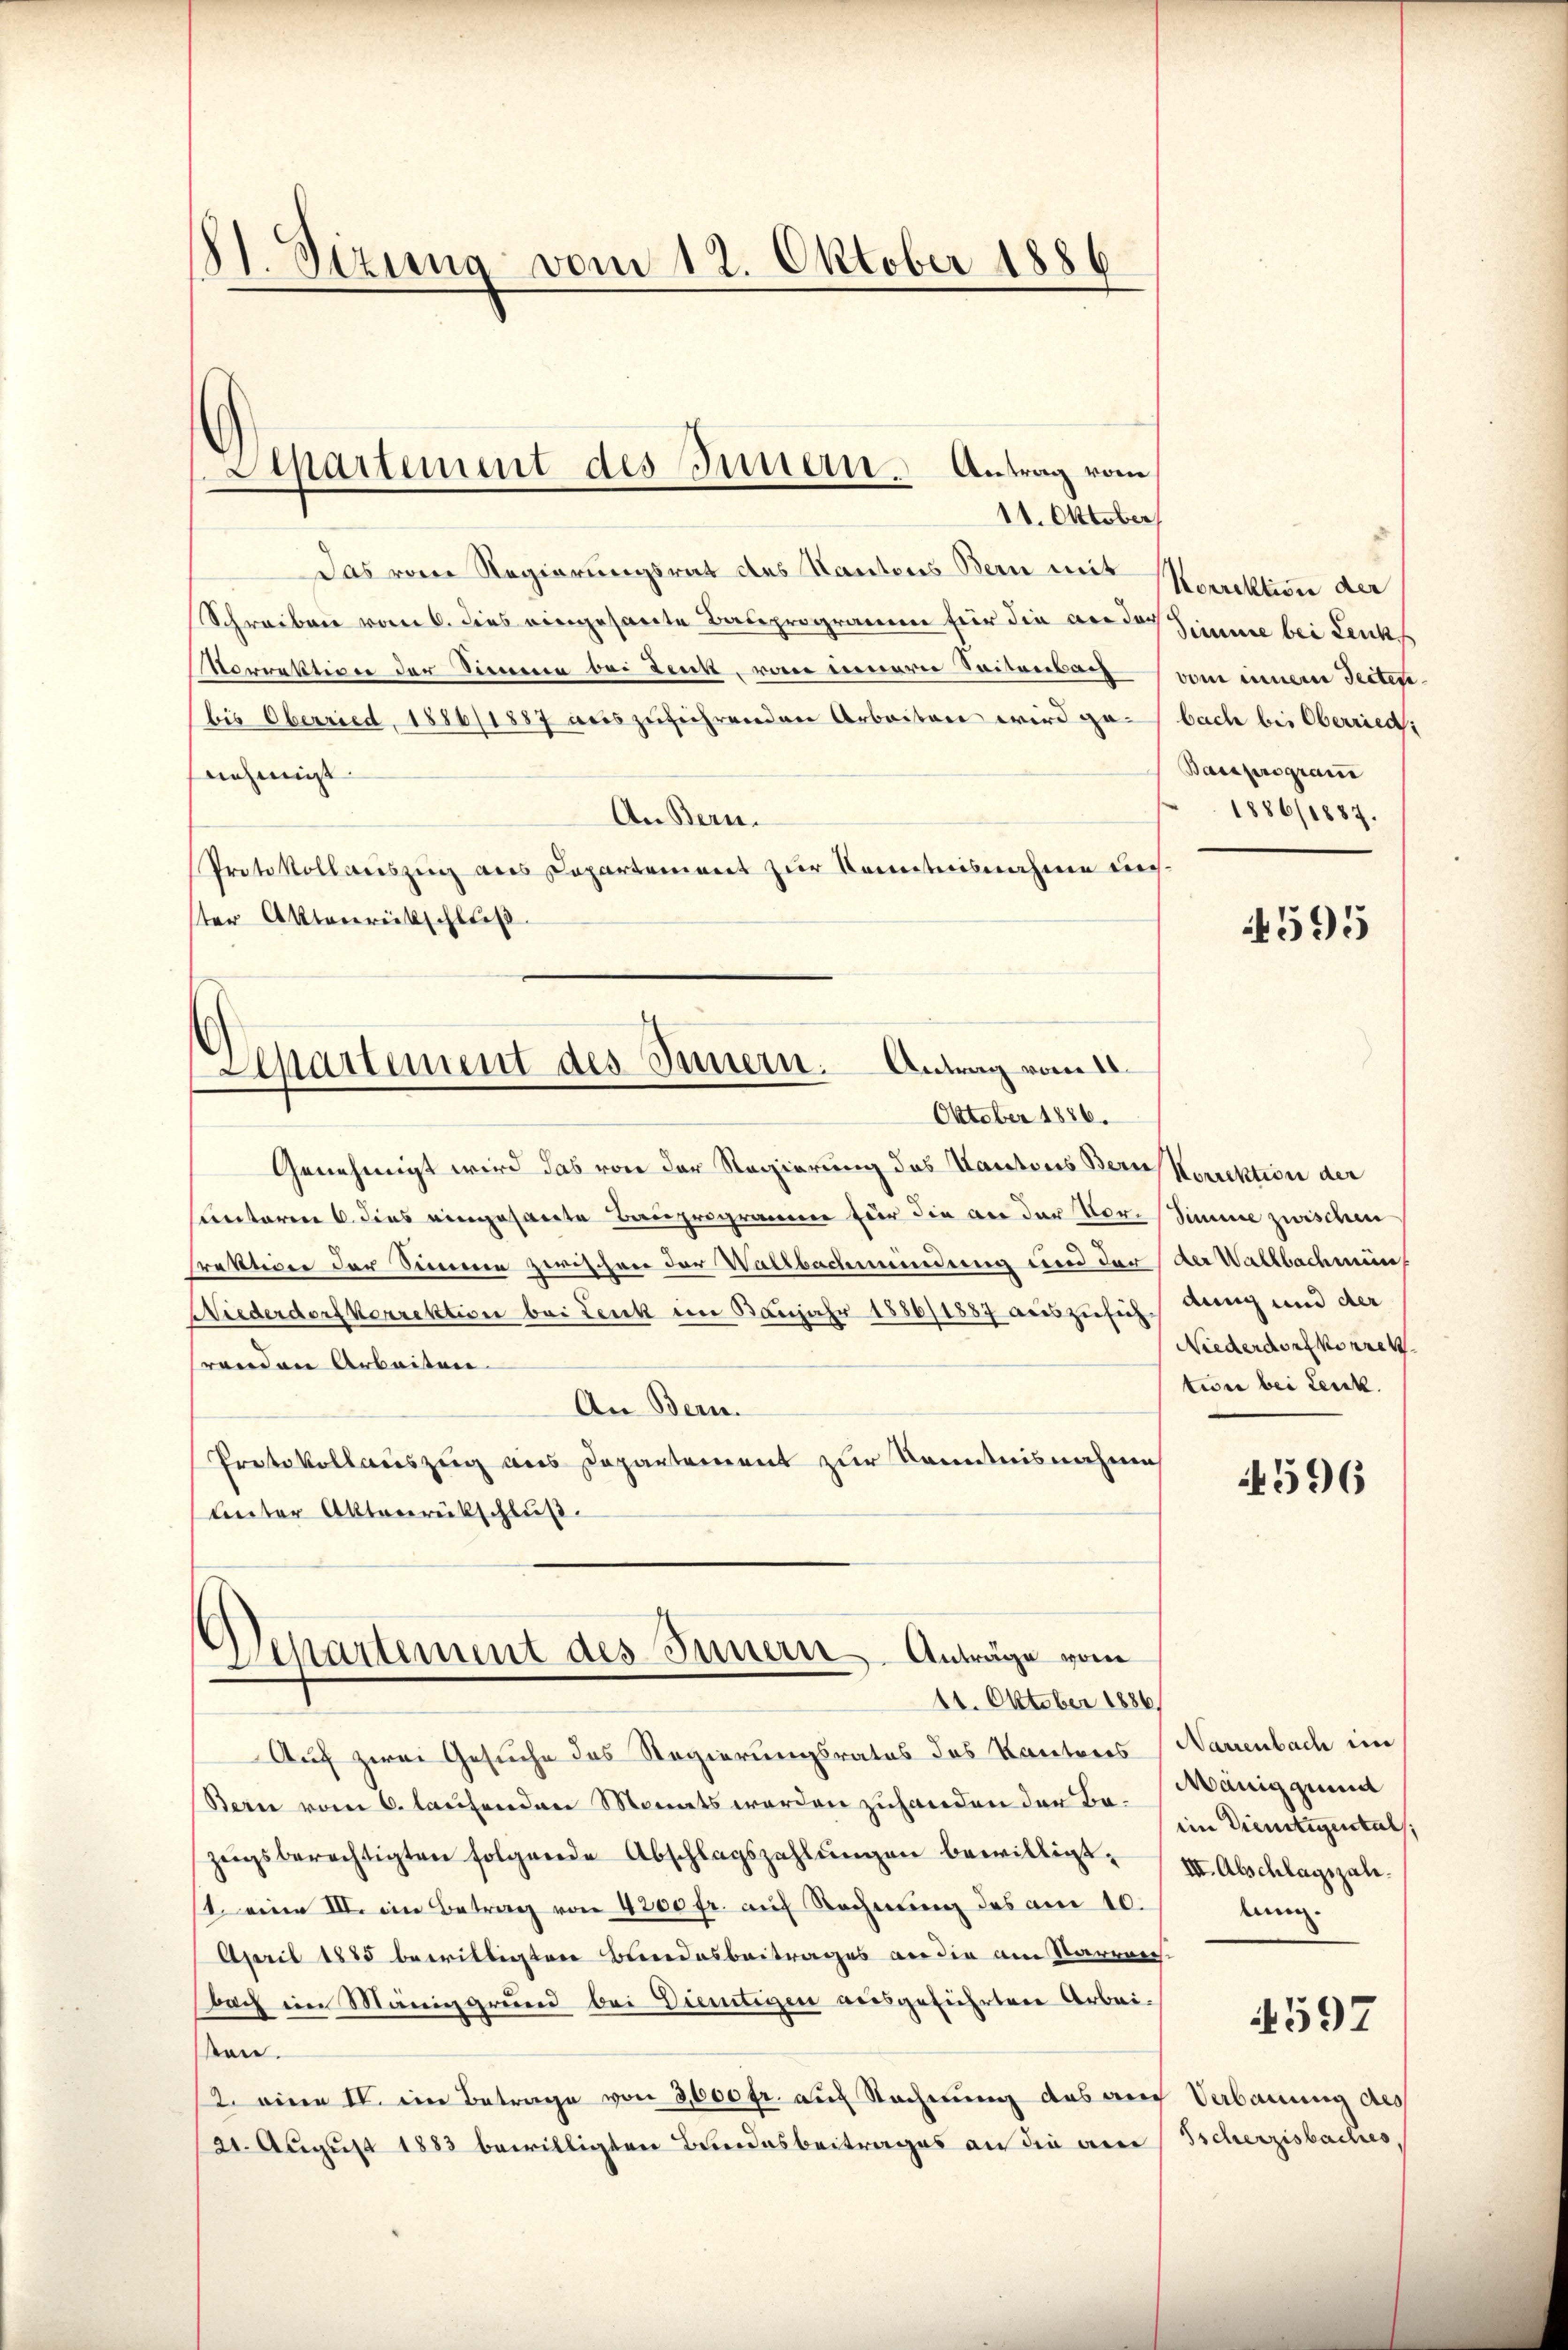
St. Sizung vom 12. Oktober 1886

11. Oktober
Das vom Regierungsrat des Kantons Bern mit Morektion der
Schreiben vom 6. dies eingesante Bauprogramm für die andes Zimme bei Lenk,
Sorrektiver der Sinnern bei Zeit, von neuerer Seitenden vom einer Sectir
(bis Oberried, 1886/1887 aŭszŭführenden Arbeiten wird gebach bei Oberriedi
nehmigt.
An Bern.
Protokollweiszug aus Capartement zur Kenntnisnahme uns.
ter Aktenrückschluß
Genehmigt wird das von der Regierung des Kantons Bern Korektion der
Cantoren 6. dies eingesandte Bauprogramm für die an der Vor- Simme zwischen
Praktiven der Sinnen zwischen der Wallbachwendung und der der Wallbachmung
Niederdorf verrektion bei Leuk im Banjahr 1886/1887 auszusichtung und der
randen Arbeiten
An Bern.
Protokollauszug aus Departement zur Kenntnisnahme
unter Aktenrückschluß.
Departement des Innern. Anträge vom
11. Oktober 1886
Auf zwei Gesuche des Regierungsrates das Kantones Warenbach im
Sein vom 6. laufenden Monats werden zuhanden der Bezeigsberechtigten folgende Abschlagszahlŭngen bewilligt. (III. Abschlagszale.
st eine VII. im Betrag von 4200 fr. auf Rechnung des am 10.
April 1885 bewilligten Bundesbeitrages an die am Sarrrech-
bach im Maniggrund bei Dietigen ausgeführten Arbeikon.
2. einen IV. ein Betrage von 3,600 fr. auf Rechnung des auch Verbauung des
21. August 1883 bewilligten Bundesbeitrages an die an Tscherzisbaches

Sipartement des Innern. Antrag vom

¬
Separtement des Innern. Antrag vom 18.
Oktober 1886.

Barsprogram
1886/1887.

595

Niederdorf korrek
tion bei Leuck.

4596

Mänigquand
ein Dienstigental
kann.

4597